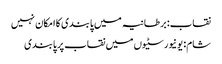
نقاب: برطانیہ میں پابندی کا امکان نہیں
شام: یونیورسٹیوں میں نقاب پر پابندی